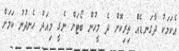
އެކަމަކު ދާގަނޑެއް ތިރިކޮށް ދެ މީހުން ބޯޓަށް ނެގީ މިއަދު ހެނދުނު ކަމަށް